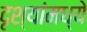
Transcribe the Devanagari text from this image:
दृश्यांमध्ये